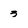
Character: 3